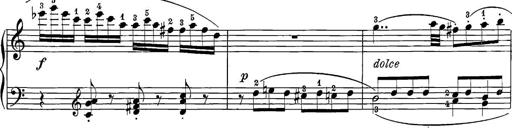
Title: 12 Sonatine per Pianoforte
Composer: Friedrich Kuhlau